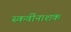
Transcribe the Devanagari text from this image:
स्कर्वीनाशक